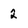
Character: 2